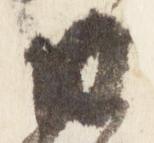
日